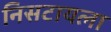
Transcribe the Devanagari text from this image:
निसटायला